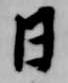
日